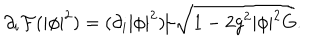
\partial _ { i } { \cal F } ( | \phi | ^ { 2 } ) = ( \partial _ { i } | \phi | ^ { 2 } ) / \sqrt { 1 - 2 g ^ { 2 } | \phi | ^ { 2 } G } .